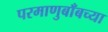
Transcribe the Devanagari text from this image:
परमाणुबाँबच्या